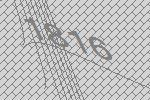
1816